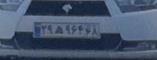
۲۹ه۹۶۴۶۸